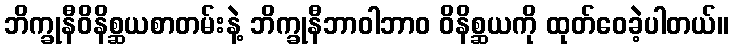
ဘိက္ခုနီဝိနိစ္ဆယစာတမ်းနဲ့ ဘိက္ခုနီဘာဝါဘာဝ ဝိနိစ္ဆယကို ထုတ်ဝေခဲ့ပါတယ်။